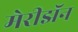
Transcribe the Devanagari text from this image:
मेरीझॅन